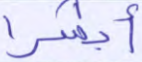
أبشرا